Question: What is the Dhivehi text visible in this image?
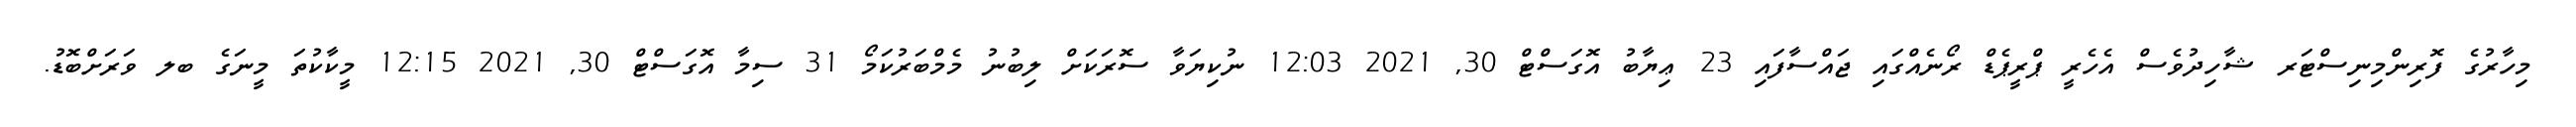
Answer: މިހާރުގެ ފޮރިންމިނިސްޓަރ ޝާހިދުވެސް އެހެރީ ޕްރީޕެޑް ރޯނެއްގައި ޖައްސާފައި 23 ޢިޔާބު އޮގަސްޓް 30, 2021 12:03 ނުކިޔަވާ ސޮރަކަށް ލިބުނު މެމްބަރުކަމޯ 31 ސިމާ އޮގަސްޓް 30, 2021 12:15 މީކާކުތަ މީނަގެ ބލ ވަރަށްބޮޑު.